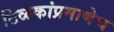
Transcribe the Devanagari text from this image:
टिळकांप्रमाणेच